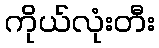
ကိုယ်လုံးတီး